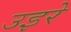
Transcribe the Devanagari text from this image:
उइरे